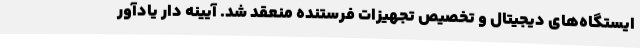
ایستگاه‌های دیجیتال و تخصیص تجهیزات فرستنده منعقد شد. آیینه دار یادآور